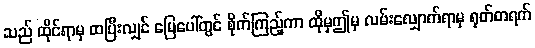
သည် ထိုင်ရာမှ ထပြီးလျှင် မြေပေါ်တွင် စိုက်ကြည့်ကာ ထိုမှဤမှ လမ်းလျှောက်ရာမှ ရုတ်တရက်